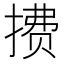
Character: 𫽧